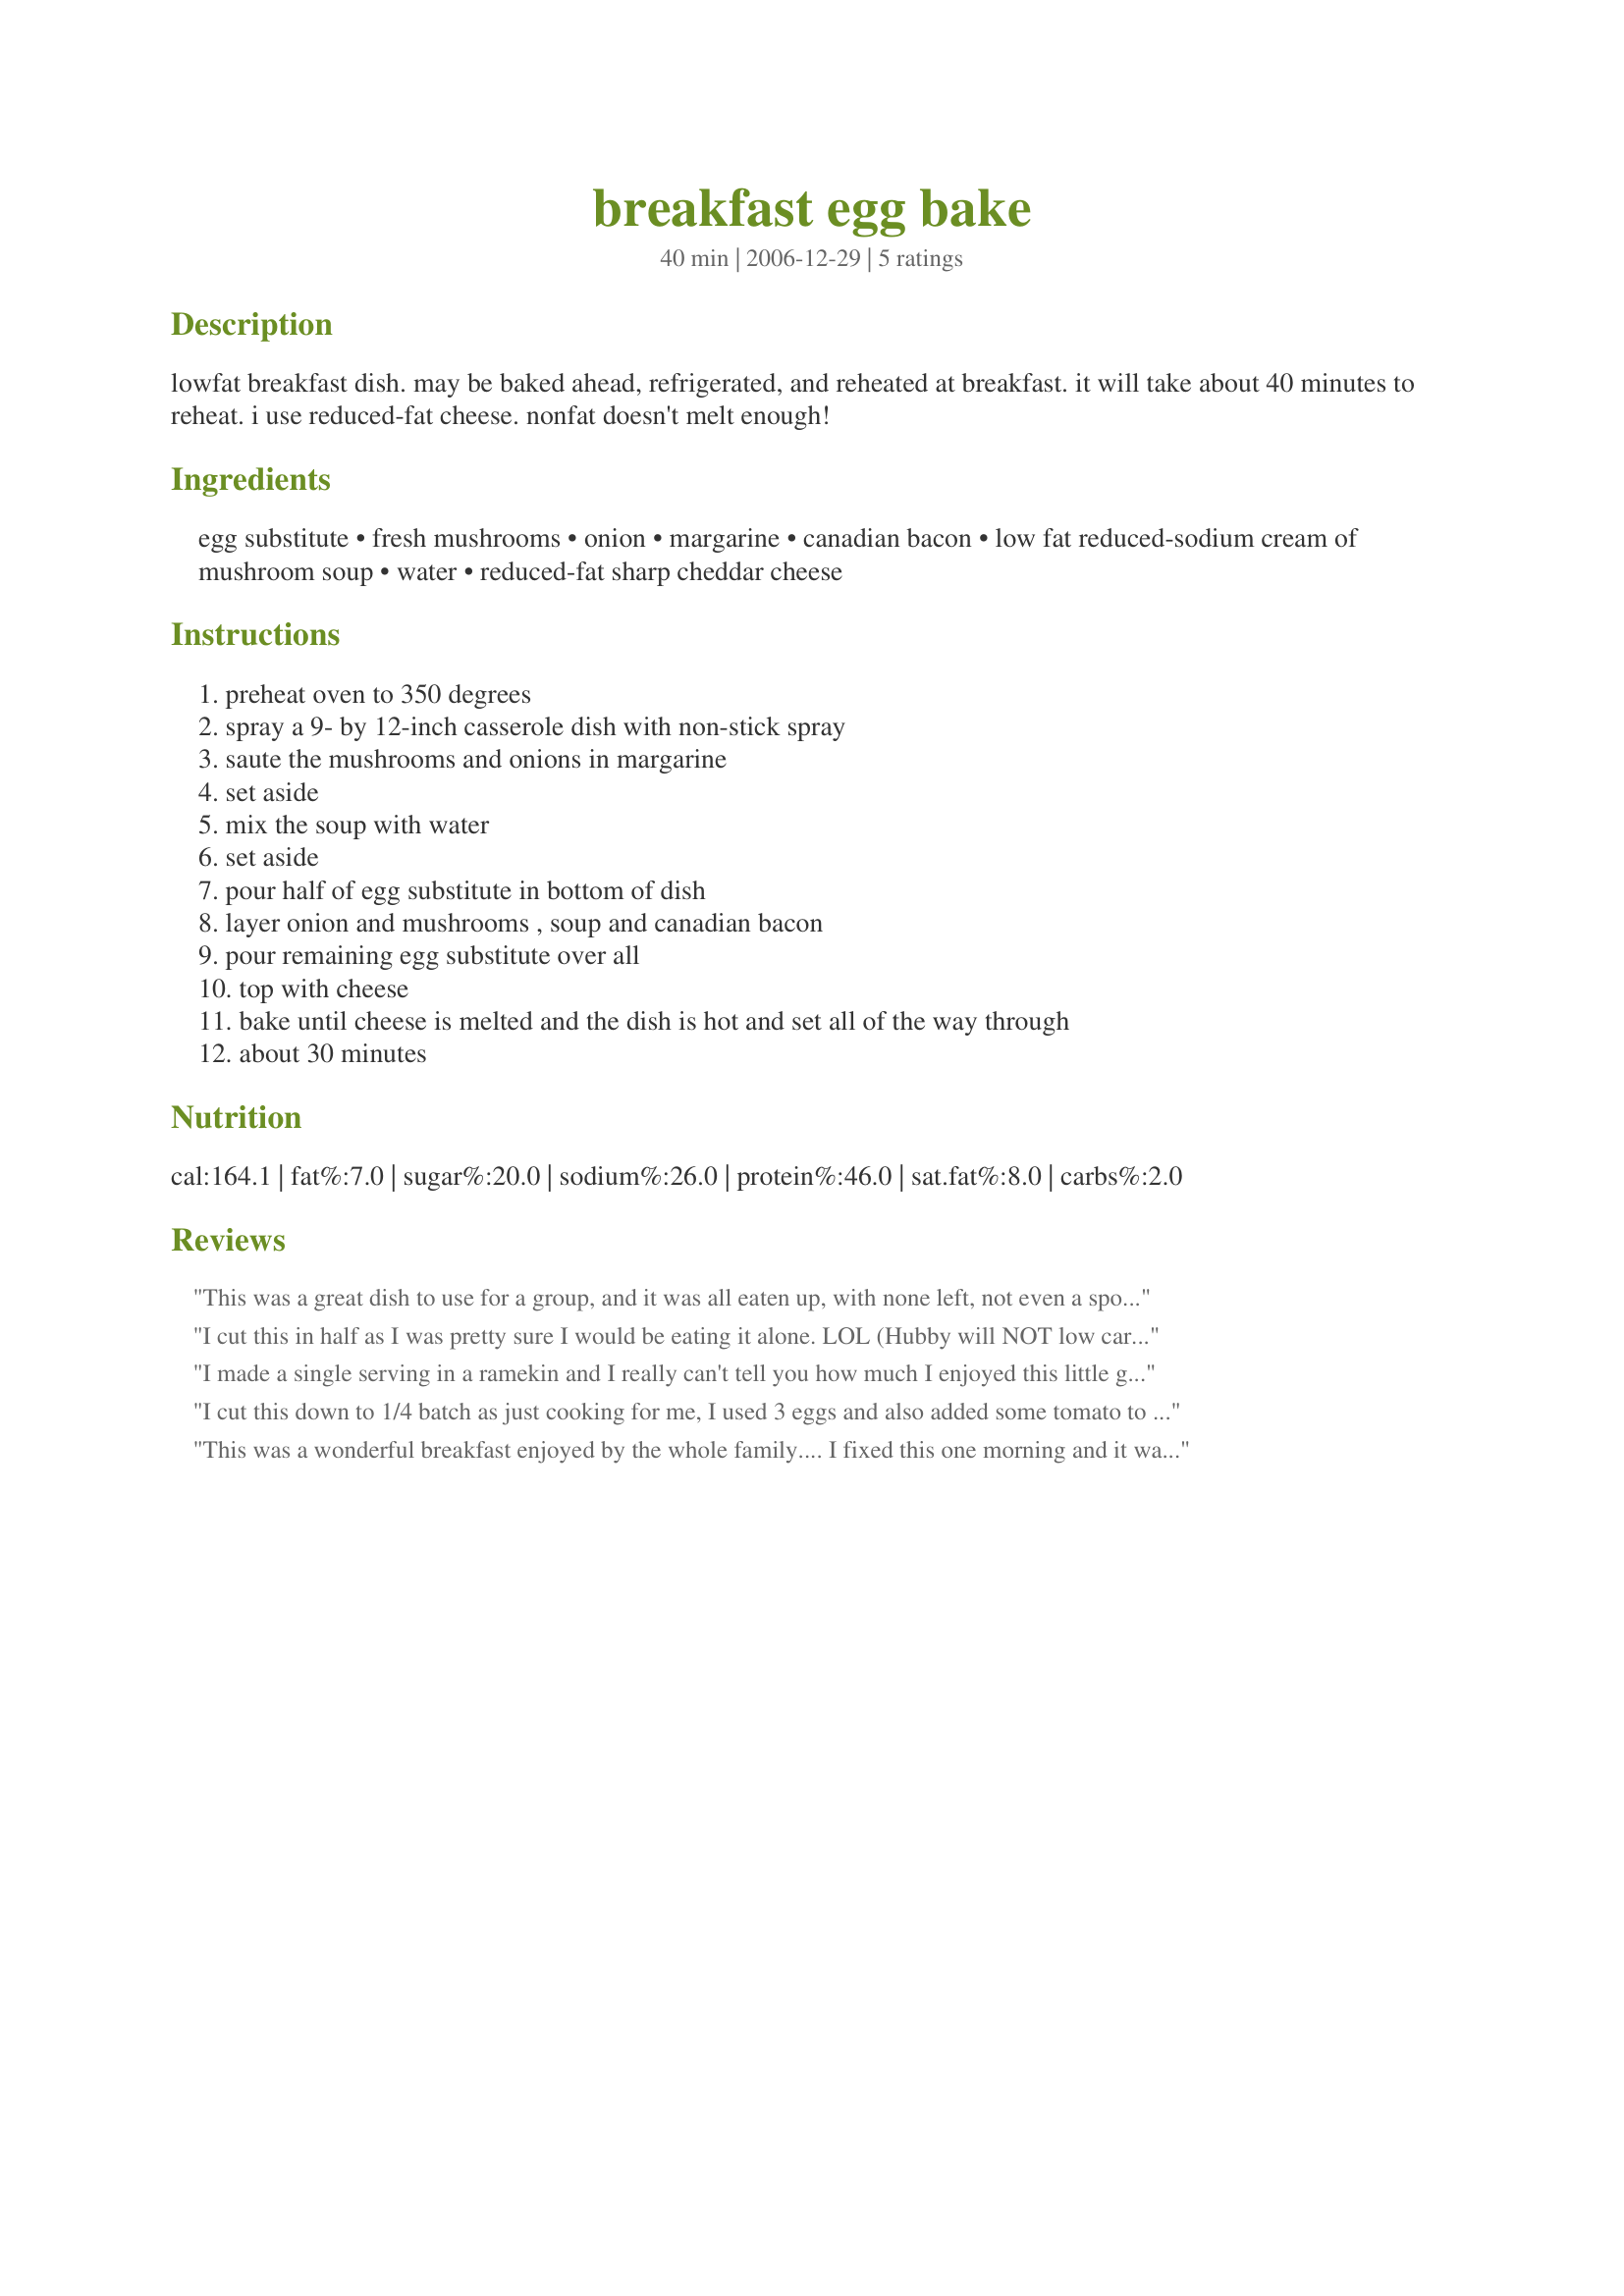
breakfast egg bake
Preparation time: 40 minutes

lowfat breakfast dish. may be baked ahead, refrigerated, and reheated at breakfast. it will take about 40 minutes to reheat. i use reduced-fat cheese. nonfat doesn't melt enough!

Ingredients:
egg substitute, fresh mushrooms, onion, margarine, canadian bacon, low fat reduced-sodium cream of mushroom soup, water, reduced-fat sharp cheddar cheese

Steps:
preheat oven to 350 degrees, spray a 9- by 12-inch casserole dish with non-stick spray, saute the mushrooms and onions in margarine, set aside, mix the soup with water, set aside, pour half of egg substitute in bottom of dish, layer onion and mushrooms , soup and canadian bacon, pour remaining egg substitute over all, top with cheese, bake until cheese is melted and the dish is hot and set all of the way through, about 30 minutes

Reviews:
This was a great dish to use for a group, and it was all eaten up, with none left, not even a spot. I did use the egg sub, and also the full round of all other ingredients. The only change was using my own homemade mushroom soup that I had made previously for Thanksgiving. I loved this, and will make sure we make this again, it was already requested for XMAS breakie. Thanks, mikekey! Made for *Everyday is a Holiday* Novembre 2009
I cut this in half as I was pretty sure I would be eating it alone. LOL (Hubby will NOT low carb it with me)
Was super easy to put together and has a good flavor. I think I would use regular eggs next time as I find I just don't care for egg substitute no matter how many times I try it, it just doesn't taste like eggs to me.
Congrats on your Football pool win!
I made a single serving in a ramekin and I really can't tell you how much I enjoyed this little gem of a recipe. I used old cheddar that really set of the eggs, bacon and mushrooms beautifully. This is very simple. This one is a keeper.
I cut this down to 1/4 batch as just cooking for me, I used 3 eggs and also added some tomato to the mix, this was really nice & tasty kind of like a baked omelette, yum!
This was a wonderful breakfast enjoyed by the whole family.... I fixed this one morning and it was a breeze to fix... So simple and quick to put together, and then you are able to sit and enjoy your family while it is cooking.... I used cooked turkey bacon in place of the canadian bacon.... Next time I'll try the canadian bacon, we just didn't have any on hand.... The fresh mushrooms were amazing and gave this dish a wonderful flavor.... I also used 12 eggs instead of the egg substitute... Again, it is what I had on hand.... Thanks so much for sharing....
